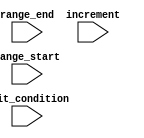
module generate_for_loop (
    input wire [7:0] range_start,
    input wire [7:0] range_end,
    input wire [7:0] increment,
    input wire [7:0] exit_condition
);

    reg [7:0] loop_index;
    
    // Initialize loop_index to range_start
    always @(posedge clk or negedge rst_n) begin
        if (~rst_n) begin
            loop_index <= range_start;
        end else begin
            loop_index <= loop_index + increment;
        end
    end
    
    // Execute series of statements or operations within loop body
    always @(*) begin
        if (loop_index <= range_end && loop_index != exit_condition) begin
            // Statements or operations here
            // Add your code here
        end
    end

endmodule